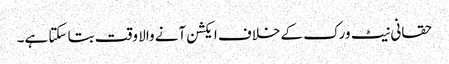
حقانی نیٹ ورک کے خلاف ایکشن آنے والا وقت بتا سکتا ہے۔